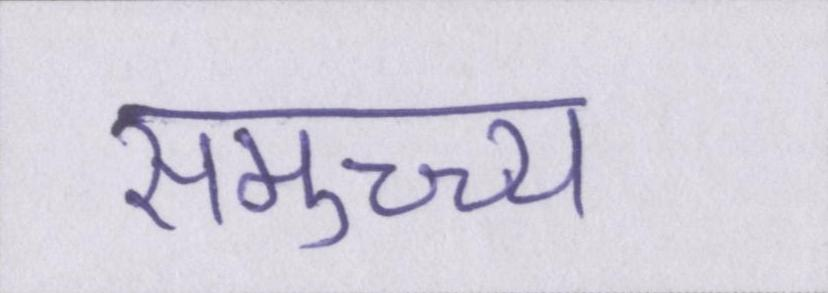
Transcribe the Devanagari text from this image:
समुच्च्य